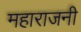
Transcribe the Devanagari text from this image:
महाराजनी